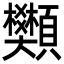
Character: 䫶